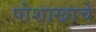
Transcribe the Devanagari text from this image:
पोशाखाचे